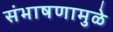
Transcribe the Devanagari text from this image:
संभाषणामुळे